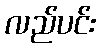
လည်ပင်း